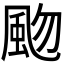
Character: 𩖨